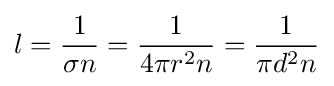
l={1 \over \sigma n}={1 \over 4\pi r^{2}n}={1 \over \pi d^{2}n}